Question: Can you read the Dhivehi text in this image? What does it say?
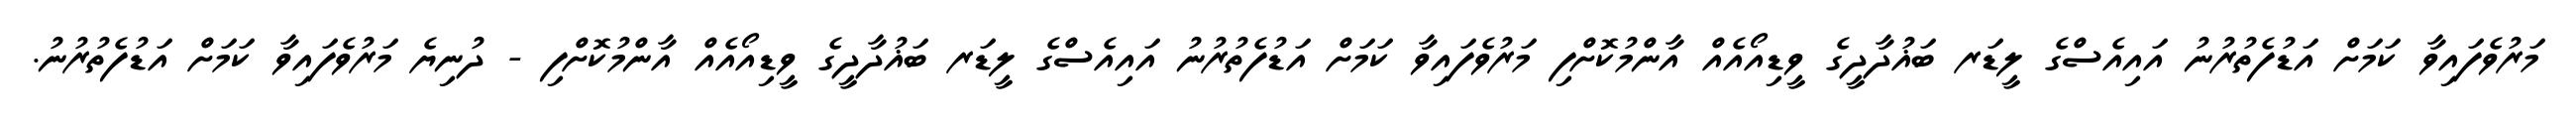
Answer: މަރުވެފައިވާ ކަމަށް އަޑުފެތުރުނު އައިއެސްގެ ލީޑަރ ބަޣުދާދީގެ ވީޑިއޯއެއް އާންމުކޮށްފި މަރުވެފައިވާ ކަމަށް އަޑުފެތުރުނު އައިއެސްގެ ލީޑަރ ބަޣުދާދީގެ ވީޑިއޯއެއް އާންމުކޮށްފި - ދުނިޔެ މަރުވެފައިވާ ކަމަށް އަޑުފެތުރުނު.